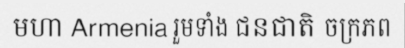
មហា Armenia រួមទាំង ជនជាតិ ចក្រភព